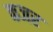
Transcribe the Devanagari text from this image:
कजर